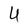
Character: U